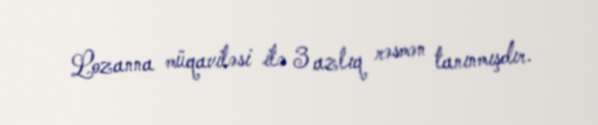
Lozanna müqaviləsi ilə 3 azlıq rəsmən tanınmışdır.